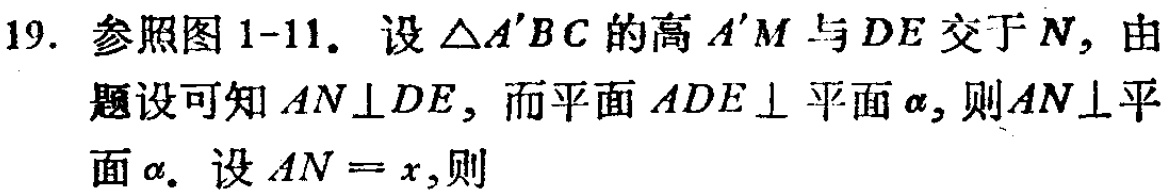
19. 参照图 1-11. 设 \(\triangle A'BC\) 的高 \(A'M\) 与 \(DE\) 交于 \(N\)，由
题设可知 \(AN\perp DE\)，而平面 \(ADE\perp\) 平面 \(\alpha\)，则 \(AN\perp\) 平
面 \(\alpha\). 设 \(AN = x\)，则